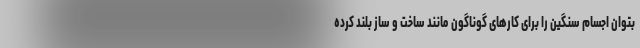
بتوان اجسام سنگین را برای کارهای گوناگون مانند ساخت و ساز بلند کرده